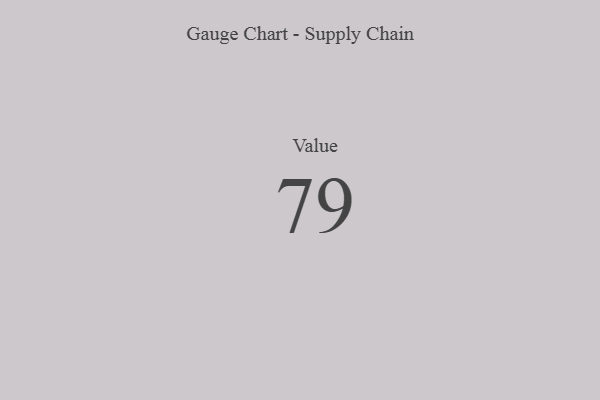
{"axis": {"x": "Metric", "y": "Value"}, "legend": [""], "data": [{"x": "Value", "y": 79, "type": ""}]}